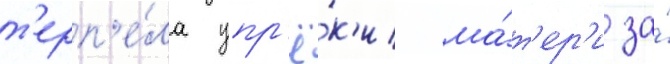
т'ерп'е́ла упр'ё́к'и ма́т'ер'и за́